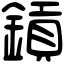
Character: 𨫋